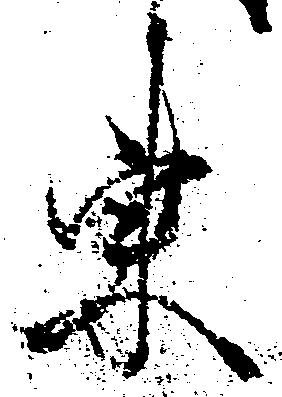
東